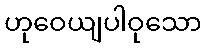
ဟုဝေယျပါဝုသော